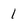
Character: 1